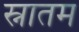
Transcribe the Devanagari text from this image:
स्नातम